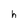
Character: h